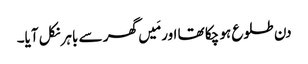
دن طلوع ہو چکا تھا اور مَیں گھر سے باہر نکل آیا۔